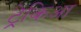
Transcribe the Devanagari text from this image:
ट्रेकिआ